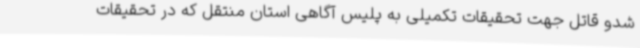
شدو قاتل جهت تحقیقات تکمیلی به پلیس آگاهی استان منتقل که در تحقیقات